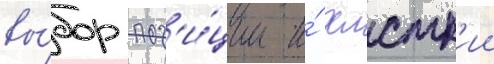
вы́бор поз'и́ции и́ хлстк'ии